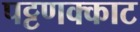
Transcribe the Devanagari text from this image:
पट्टणक्काट